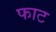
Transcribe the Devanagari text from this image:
फाट